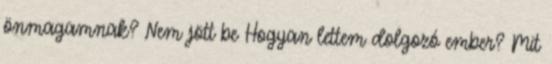
önmagamnak? Nem jött be Hogyan lettem dolgozó ember? Mit